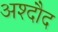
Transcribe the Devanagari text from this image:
अश्दौद